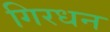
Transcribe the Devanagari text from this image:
गिरधन